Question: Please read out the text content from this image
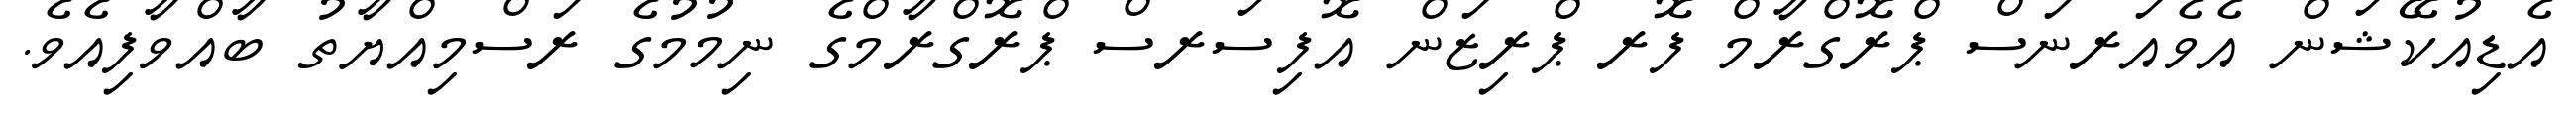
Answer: އެޑިއުކޭޝަން އެވެއަރނަސް ޕްރޮގްރާމް ފޮރ ޕްރިޒަން އޮފިސަރސް ޕްރޮގްރާމްގެ ނިމުމުގެ ރަސްމިއްޔާތު ބާއްވާފިއެވެ.